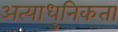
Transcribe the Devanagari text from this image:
अत्याधुनिकता